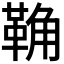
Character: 𩊺